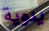
يدوية